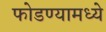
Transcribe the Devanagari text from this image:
फोडण्यामध्ये